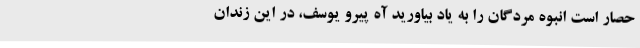
حصار است انبوه مردگان را به یاد بیاورید آه پیرو یوسف، در این زندان